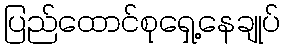
ပြည်ထောင်စုရှေ့နေချုပ်